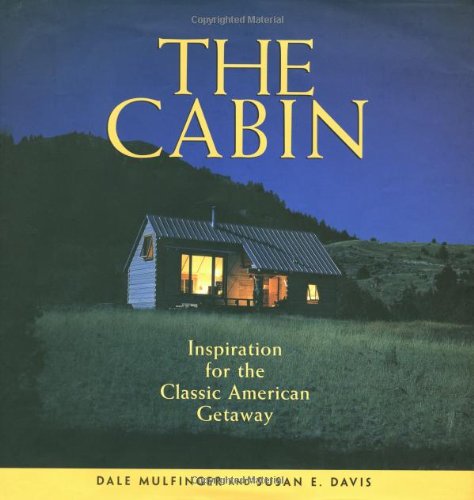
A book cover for The Cabin: Inspiration for the Classic American Getaway; Dale Mulfinger; Crafts, Hobbies & Home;